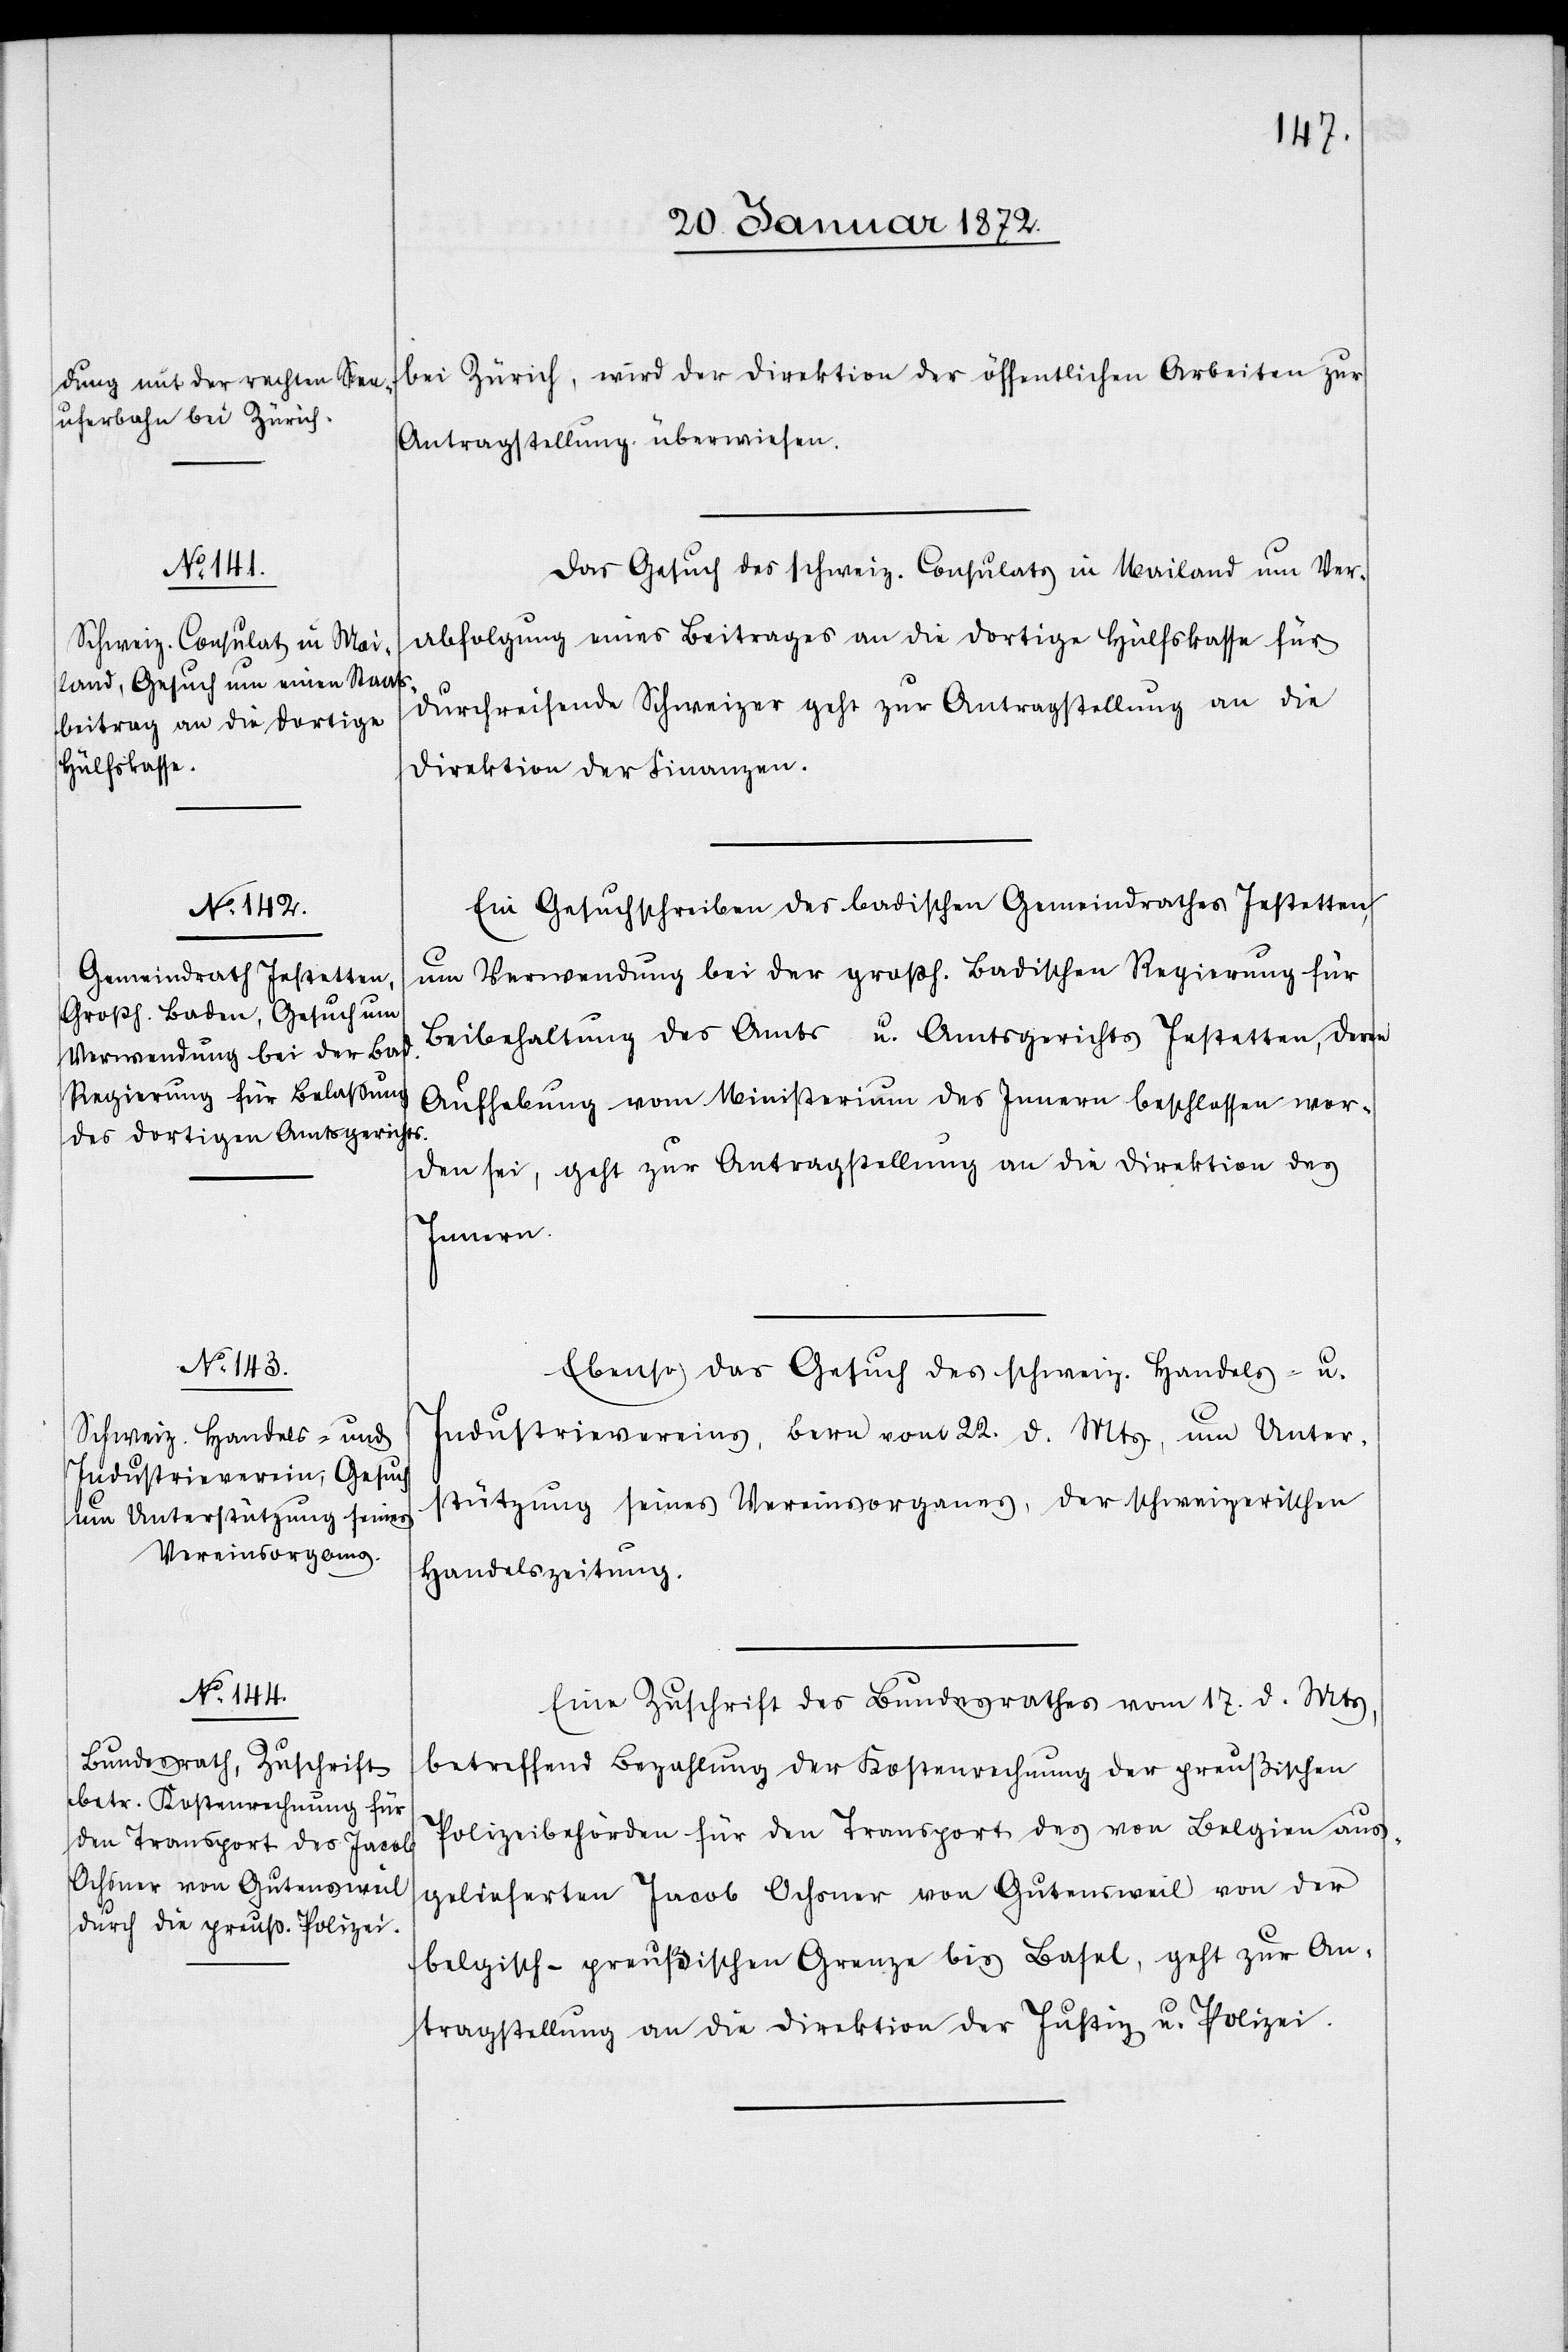
23. Januar 1872.]
bei Zürich, wird der Direktion der öffentlichen Arbeiten zu
Antragstellung überwiesen.
Das Gesuch des schweiz. Consulats in Mailand um Ver¬
abfolgung eines Beitrages an die dortige Hülfskasse für
durchreisende Schweizer geht zur Antragstellung an die
Direktion der Finanzen.
Ein Gesuchschreiben des badischen Gemeindrathes Jestetten,
um Verwendung bei der großh. Badischen Regierung für
Beibehaltung des Amts u. Amtsgerichts Jestetten, deren
Aufhebung vom Ministerium des Innern beschlossen wor¬
den sei, geht zur Antragsstellung an die Direktion des
Innern.
Ebenso das Gesuch des schweiz. Handels- u.
Industrievereins, Bern vom 22. d. Mts, um Unter¬
stützung seines Vereinsorganes, der schweizerischen
Handelszeitung.
Eine Zuschrift des Bundesrathes vom 17. d. Mts,
betreffend Bezahlung der Kostenrechnung der preußischen
Polizeibehörden für den Transport des von Belgien aus¬
gelieferten Jacob Ochsner von Gutensweil von der
belgisch-preussischen Grenze bis Basel, geht zur An¬
tragstellung an die Direktion der Justiz u. Polizei.